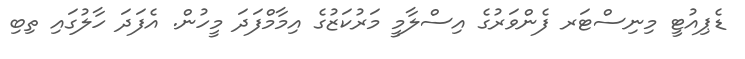
ޑެޕިއުޓީ މިނިސްޓަރ ފެންވަރުގެ އިސްލާމީ މަރުކަޒުގެ އިމާމްފަދަ މީހުން. އެފަދަ ހާލުގައި ތިބި